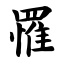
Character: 罹